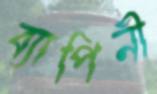
ব্যাপিনী